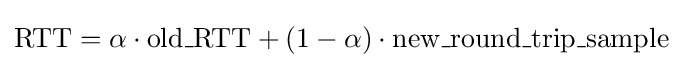
\mathrm {RTT} =\alpha \cdot \mathrm {old\_RTT} +(1-\alpha )\cdot \mathrm {new\_round\_trip\_sample}